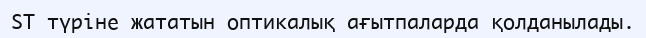
ST түріне жататын оптикалық ағытпаларда қолданылады.